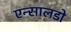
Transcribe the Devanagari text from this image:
एन्सालडो